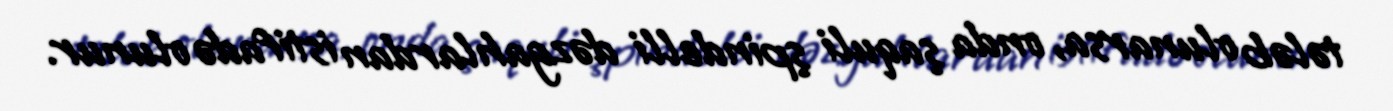
tələb olunarsa, onda şaquli şpindelli dəzgahlardan istifadə olunur.